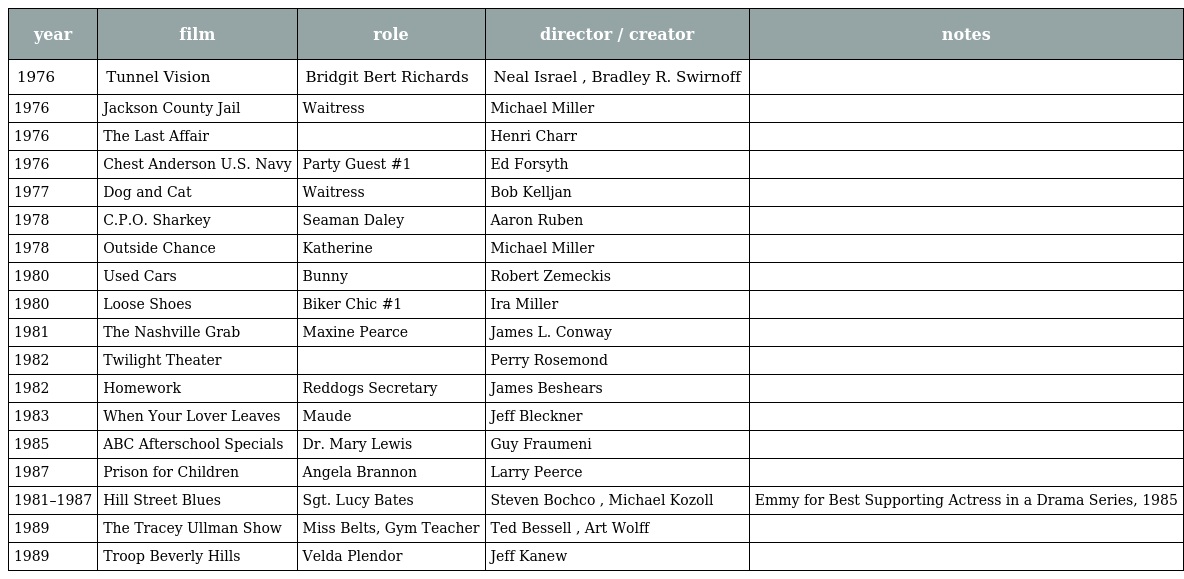
| year | film | role | director / creator | notes |
 | --- | --- | --- | --- | --- |
 | 1976 | Tunnel Vision | Bridgit Bert Richards | Neal Israel , Bradley R. Swirnoff |  |
 | 1976 | Jackson County Jail | Waitress | Michael Miller |  |
 | 1976 | The Last Affair |  | Henri Charr |  |
 | 1976 | Chest Anderson U.S. Navy | Party Guest #1 | Ed Forsyth |  |
 | 1977 | Dog and Cat | Waitress | Bob Kelljan |  |
 | 1978 | C.P.O. Sharkey | Seaman Daley | Aaron Ruben |  |
 | 1978 | Outside Chance | Katherine | Michael Miller |  |
 | 1980 | Used Cars | Bunny | Robert Zemeckis |  |
 | 1980 | Loose Shoes | Biker Chic #1 | Ira Miller |  |
 | 1981 | The Nashville Grab | Maxine Pearce | James L. Conway |  |
 | 1982 | Twilight Theater |  | Perry Rosemond |  |
 | 1982 | Homework | Reddogs Secretary | James Beshears |  |
 | 1983 | When Your Lover Leaves | Maude | Jeff Bleckner |  |
 | 1985 | ABC Afterschool Specials | Dr. Mary Lewis | Guy Fraumeni |  |
 | 1987 | Prison for Children | Angela Brannon | Larry Peerce |  |
 | 1981–1987 | Hill Street Blues | Sgt. Lucy Bates | Steven Bochco , Michael Kozoll | Emmy for Best Supporting Actress in a Drama Series, 1985 |
 | 1989 | The Tracey Ullman Show | Miss Belts, Gym Teacher | Ted Bessell , Art Wolff |  |
 | 1989 | Troop Beverly Hills | Velda Plendor | Jeff Kanew |  |